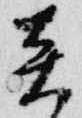
炎